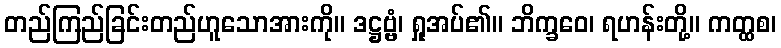
တည်ကြည်ခြင်းတည်ဟူသောအားကို။ ဒဋ္ဌဗ္ဗံ၊ ရှုအပ်၏။ ဘိက္ခဝေ၊ ရဟန်းတို့။ ကတ္ထစ၊